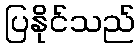
ပြနိုင်သည်